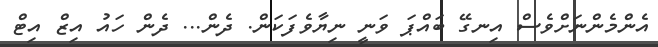
އެންމެންނަށްވެސް އިނގޭ ބައްޕަ ވަނީ ނިޔާވެފަކަން. ދެން... ދެން ހައު އިޒް އިޓް